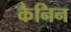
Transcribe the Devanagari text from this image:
कैनिन